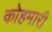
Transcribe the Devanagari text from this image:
कोहमारी